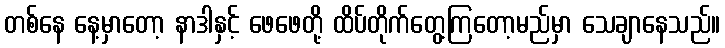
တစ်နေ နေ့မှာတော့ နာဒါနှင့် ဖေဖေတို့ ထိပ်တိုက်တွေ့ကြတော့မည်မှာ သေချာနေသည်။